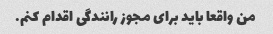
من واقعا باید برای مجوز رانندگی اقدام کنم.